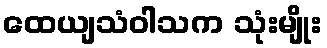
ထေယျသံဝါသက သုံးမျိုး